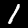
Label: 1